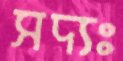
সদ্যঃ